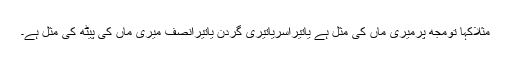
مثلاًکہا تومجھ پرمیری ماں کی مثل ہے یاتیراسریاتیری گردن یاتیرانصف میری ماں کی پیٹھ کی مثل ہے۔